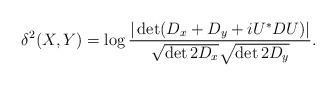
LaTeX: \begin{align*} \delta^2(X,Y) = \log\frac{|\det(D_x+D_y+iU^*DU)|}{\sqrt{\det{2D_x}}\sqrt{\det{2D_y}}}. \end{align*}